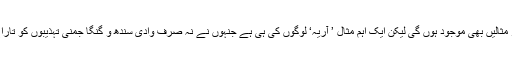
جانی مانی تاریخ میں یوں تو اس کی اور مثالیں بھی موجود ہوں گی لیکن ایک اہم مثال ’ آریہ‘ لوگوں کی ہی ہے جنہوں نے نہ صرف وادی سندھ و گنگا جمنی تہذیبوں کو تاراج کیا بلکہ یورپ میں بھی جا آباد ہوئے ۔